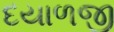
દયાળજી